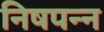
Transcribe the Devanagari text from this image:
निषपन्न